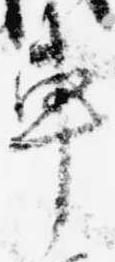
車